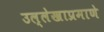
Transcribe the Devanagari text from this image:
उल्लेखाप्रमाणे